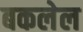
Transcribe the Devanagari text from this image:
बकलेल